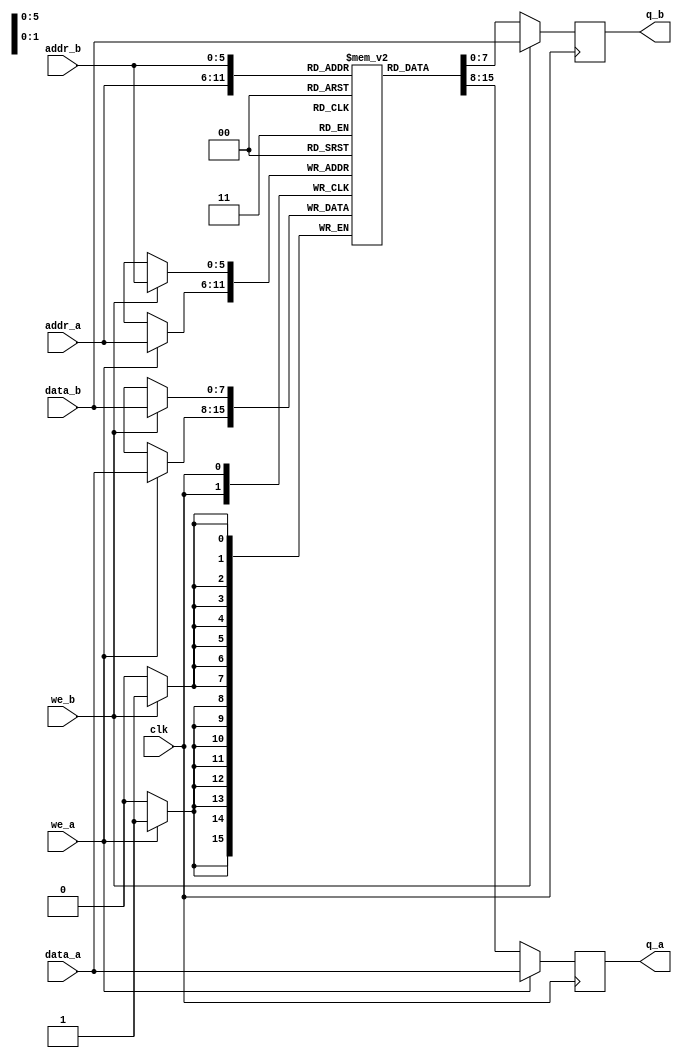
`timescale 1ns/1ns

// A Quartus II template

module dualportram
#(parameter DATA_WIDTH=8, parameter ADDR_WIDTH=6)
(
	input [(DATA_WIDTH-1):0] data_a, data_b,
	input [(ADDR_WIDTH-1):0] addr_a, addr_b,
	input we_a, we_b, clk,
	output reg [(DATA_WIDTH-1):0] q_a, q_b
);

	// Declare the RAM variable
	reg [DATA_WIDTH-1:0] ram[2**ADDR_WIDTH-1:0];

	// Port A 
	always @ (posedge clk)
	begin
		if (we_a) 
		begin
			ram[addr_a] <= data_a;
			q_a <= data_a;
		end
		else 
		begin
			q_a <= ram[addr_a];
		end 
	end 

	// Port B 
	always @ (posedge clk)
	begin
		if (we_b) 
		begin
			ram[addr_b] <= data_b;
			q_b <= data_b;
		end
		else 
		begin
			q_b <= ram[addr_b];
		end 
	end

endmodule